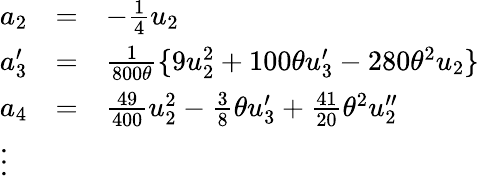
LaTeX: \begin{array}{lcl}{{a_{2}}}&{{=}}&{{-\frac{1}{4}u_{2}}}\\ {{a_{3}^{\prime}}}&{{=}}&{{\frac{1}{800\theta}\{ 9u_{2}^{2}+100\theta u_{3}^{\prime}-280{\theta}^{2}u_{2}\} }}\\ {{a_{4}}}&{{=}}&{{\frac{49}{400}u_{2}^{2}-\frac{3}{8}\theta u_{3}^{\prime}+\frac{41}{20}{\theta}^{2}u_{2}^{\prime\prime}}}\\ {{\vdots}}\end{array}